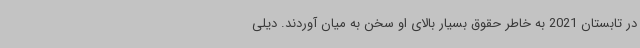
در تابستان 2021 به خاطر حقوق بسیار بالای او سخن به میان آوردند. دیلی